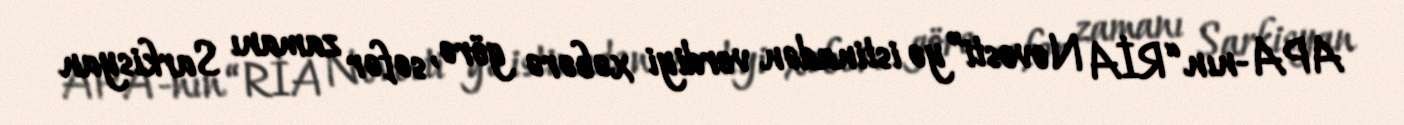
APA-nın “RİA Novosti”yə istinadən verdiyi xəbərə görə, səfər zamanı Sarkisyan